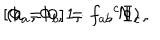
[ \Phi _ { a } , \Phi _ { b } ] = { f _ { a b } } ^ { c } \Phi _ { c } , \hspace { . 5 i n } ( a = 0 , 1 , \cdots , N ) ~ .